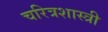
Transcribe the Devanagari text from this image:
चरित्रशास्त्री